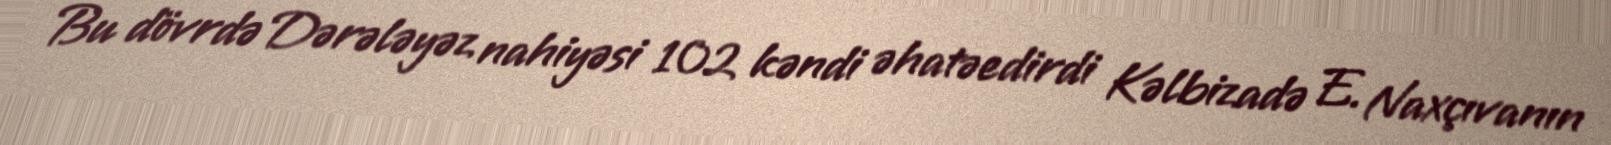
Bu dövrdə Dərələyəz nahiyəsi 102 kəndi əhatəedirdi Kəlbizadə E. Naxçıvanın